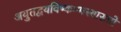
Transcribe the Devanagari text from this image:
अयुतद्वयविष्कम्भस्यासन्नो